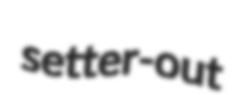
setter-out